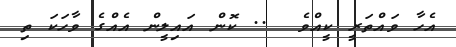
އެހާ ވައްތަރީ ކީއްވެ  .. ކޮން އައިލީން އެއްގެ ވާހަކަ ތި